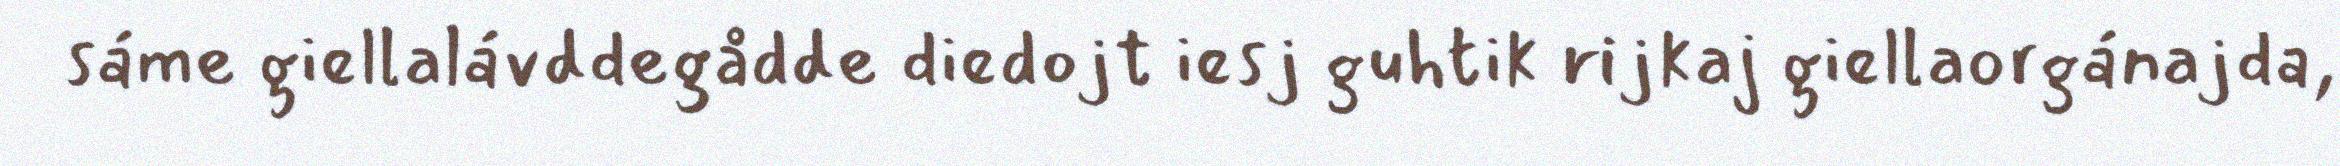
sáme giellalávddegådde diedojt iesj guhtik rijkaj giellaorgánajda,